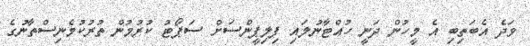
ވަދެ އެބަތިބި އެ މީހުން ދަނީ ހުއްޓާނުލައި ފިލިޕީންސަށް ސަޕޯޓު ކުރުމުން ތުރުކުމެނިސްތާނުގެ